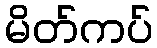
မိတ်ကပ်